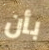
بأن